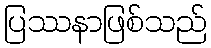
ပြဿနာဖြစ်သည်